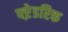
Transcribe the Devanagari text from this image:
फ्ऱेडरिक